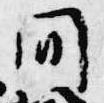
同